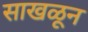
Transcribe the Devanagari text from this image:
साखळून